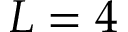
L = 4